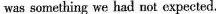
was something we had not expected.